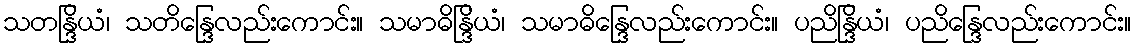
သတန္ဒြိယံ၊ သတိန္ဒြေလည်းကောင်း။ သမာဓိန္ဒြိယံ၊ သမာဓိန္ဒြေလည်းကောင်း။ ပညိန္ဒြိယံ၊ ပညိန္ဒြေလည်းကောင်း။